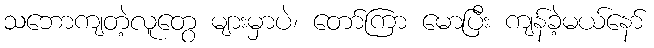
သဘောကျတဲ့လူတွေ များမှာပဲ၊ တော်ကြာ မောပြီး ကျန်ခဲ့မယ်နော်